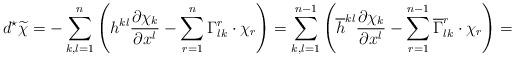
LaTeX: \begin{align*}d^{\star}\widetilde{\chi}=-\sum_{k,l=1}^{n}\left({h^{kl}}\frac{\partial \chi_k}{\partial x^l}-\sum_{r=1}^n\Gamma^r_{lk}\cdot \chi_r\right)=\sum_{k,l=1}^{n-1}\left({\overline{h}^{kl}}\frac{\partial \chi_k}{\partial x^l}-\sum_{r=1}^{n-1}\overline{\Gamma}^r_{lk}\cdot \chi_r\right)=\end{align*}